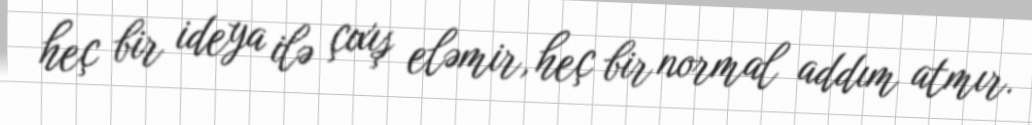
heç bir ideya ilə çıxış eləmir, heç bir normal addım atmır.